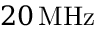
{ 2 0 } \, \mathrm { M H z }